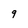
Character: 9